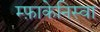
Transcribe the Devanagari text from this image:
म्फ़ाकेनिस्वा